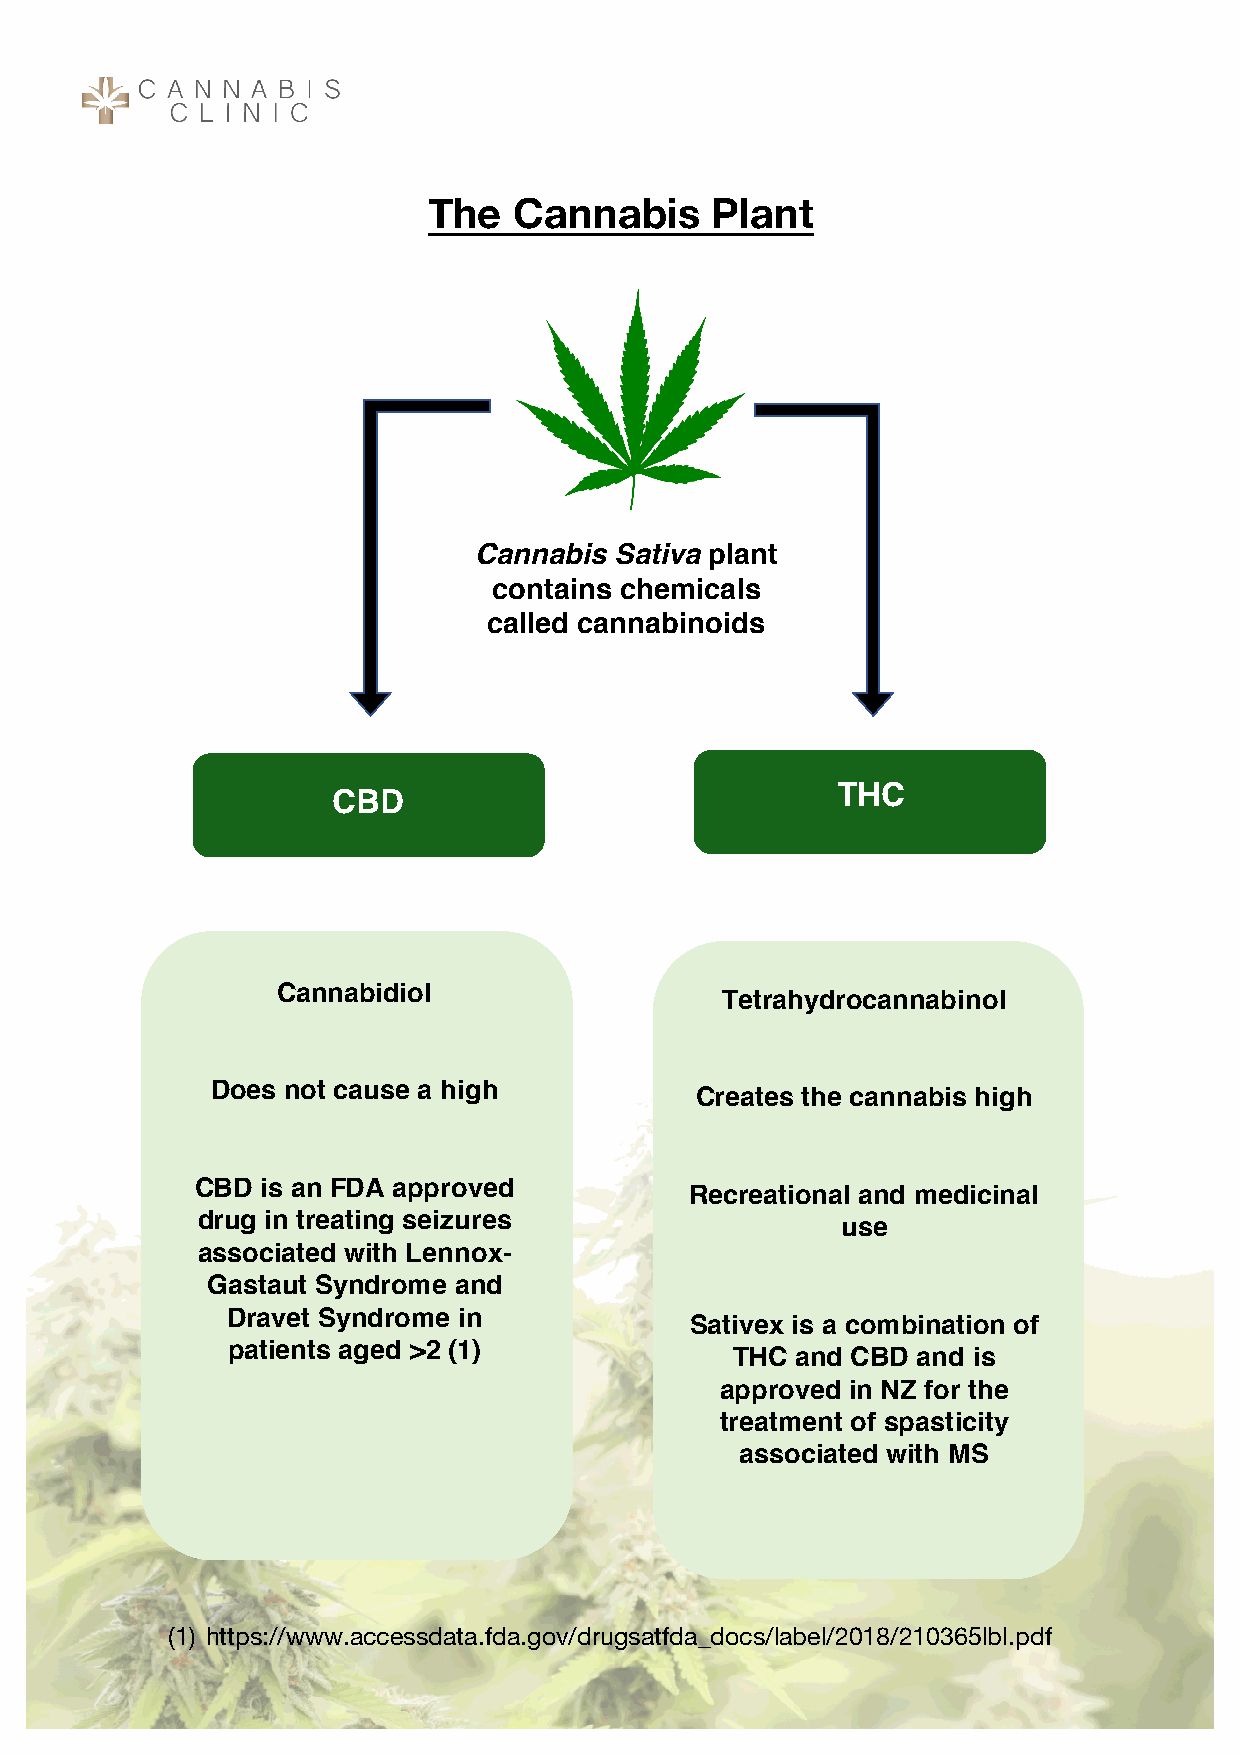
The   Cannabis     Plant
 Cannabis  Sativa plant
 contains chemicals
 called cannabinoids
 THC
 CBD
 Cannabidiol
 Tetrahydrocannabinol
 Does not cause a high
 Creates the cannabis high
 CBD is an FDA approved
 Recreational and medicinal
 drug in treating seizures
 use
 associated with Lennox-
 Gastaut Syndrome and
 Dravet Syndrome in
 Sativex is a combination of
 patients aged >2 (1)
 THC  and CBD and is
 approved in NZ for the
 treatment of spasticity
 associated with MS
 (1) https://www.accessdata.fda.gov/drugsatfda_docs/label/2018/210365lbl.pdf
 Cannabis Clinic ã 2019
 www.cannabisclinic.co.nz